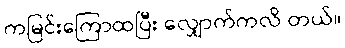
ကမြင်းကြောထပြီး လျှောက်ကလိ တယ်။